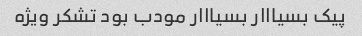
پیک بسیااار بسیااار مودب بود تشکر ویژه